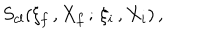
LaTeX: \: S _ { c l } ( \xi _ { f } \, , X _ { f } \, ; \, \xi _ { i } \, , X _ { i } ) \, , \: